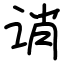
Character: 诮